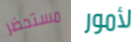
مستحضر لأمور